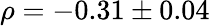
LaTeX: \rho=-0.31\pm 0.04